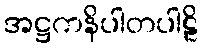
အဋ္ဌကနိပါတပါဠိ